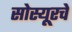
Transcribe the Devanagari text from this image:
सोस्यूरचे